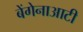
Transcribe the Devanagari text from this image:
बेंगेनाआटी